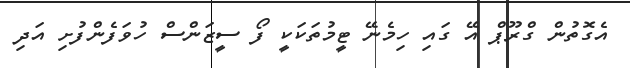
އެގޮތުން ގްރޫޕް އޭ ގައި ހިމެނޭ ޓީމުތަކަކީ ފޯ ސީޒަންސް ހުވަފެންފުށި އަދި